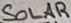
Text: SOLAR